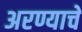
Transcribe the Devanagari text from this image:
अरण्याचे